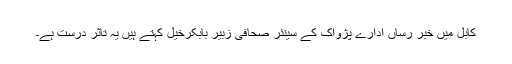
کابل میں خبر رساں ادارے پژواک کے سینئر صحافی زبیر بابکرخیل کہتے ہیں یہ تاثر درست ہے۔